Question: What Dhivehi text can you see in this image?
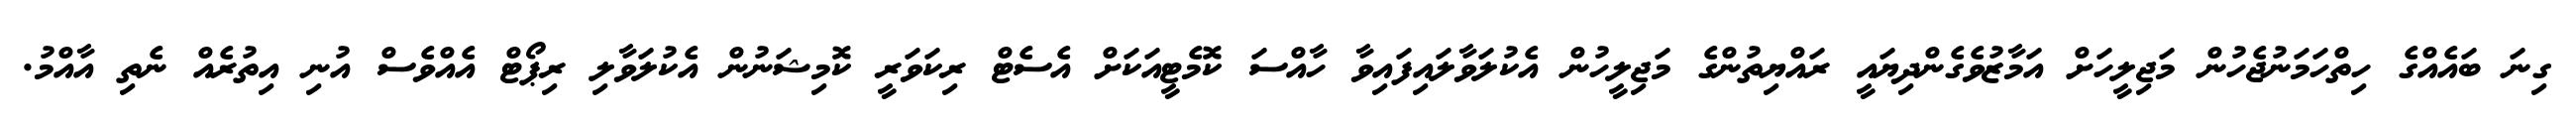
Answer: ގިނަ ބައެއްގެ ހިތްހަމަނުޖެހުން މަޖިލީހަށް އަމާޒުވެގެންދިޔައީ ރައްޔިތުންގެ މަޖިލީހުން އެކުލަވާލައިފައިވާ ހާއްސަ ކޮމެޓީއަކަށް އެސެޓް ރިކަވަރީ ކޮމިޝަނުން އެކުލަވާލި ރިޕޯޓް އެއްވެސް އުނި އިތުރެއް ނެތި އާއްމު.